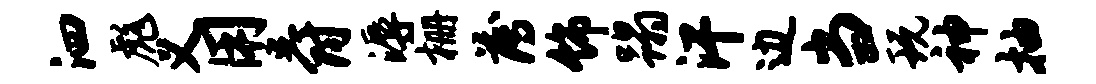
泗彪义用爵溽栅薄饰蹋汗边当玩神抽